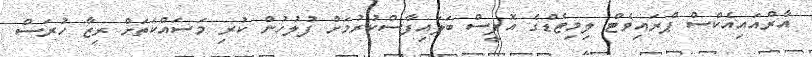
އާރްއައިއެކްސް ޕްރައިވެޓް ލިމިޓެޑްގެ އޮފީސް ބަލައިފާސްކުރުމަށް ފުލުހުން ކުރި މަސައްކަތަށް ރިޒާ ހުރަސް